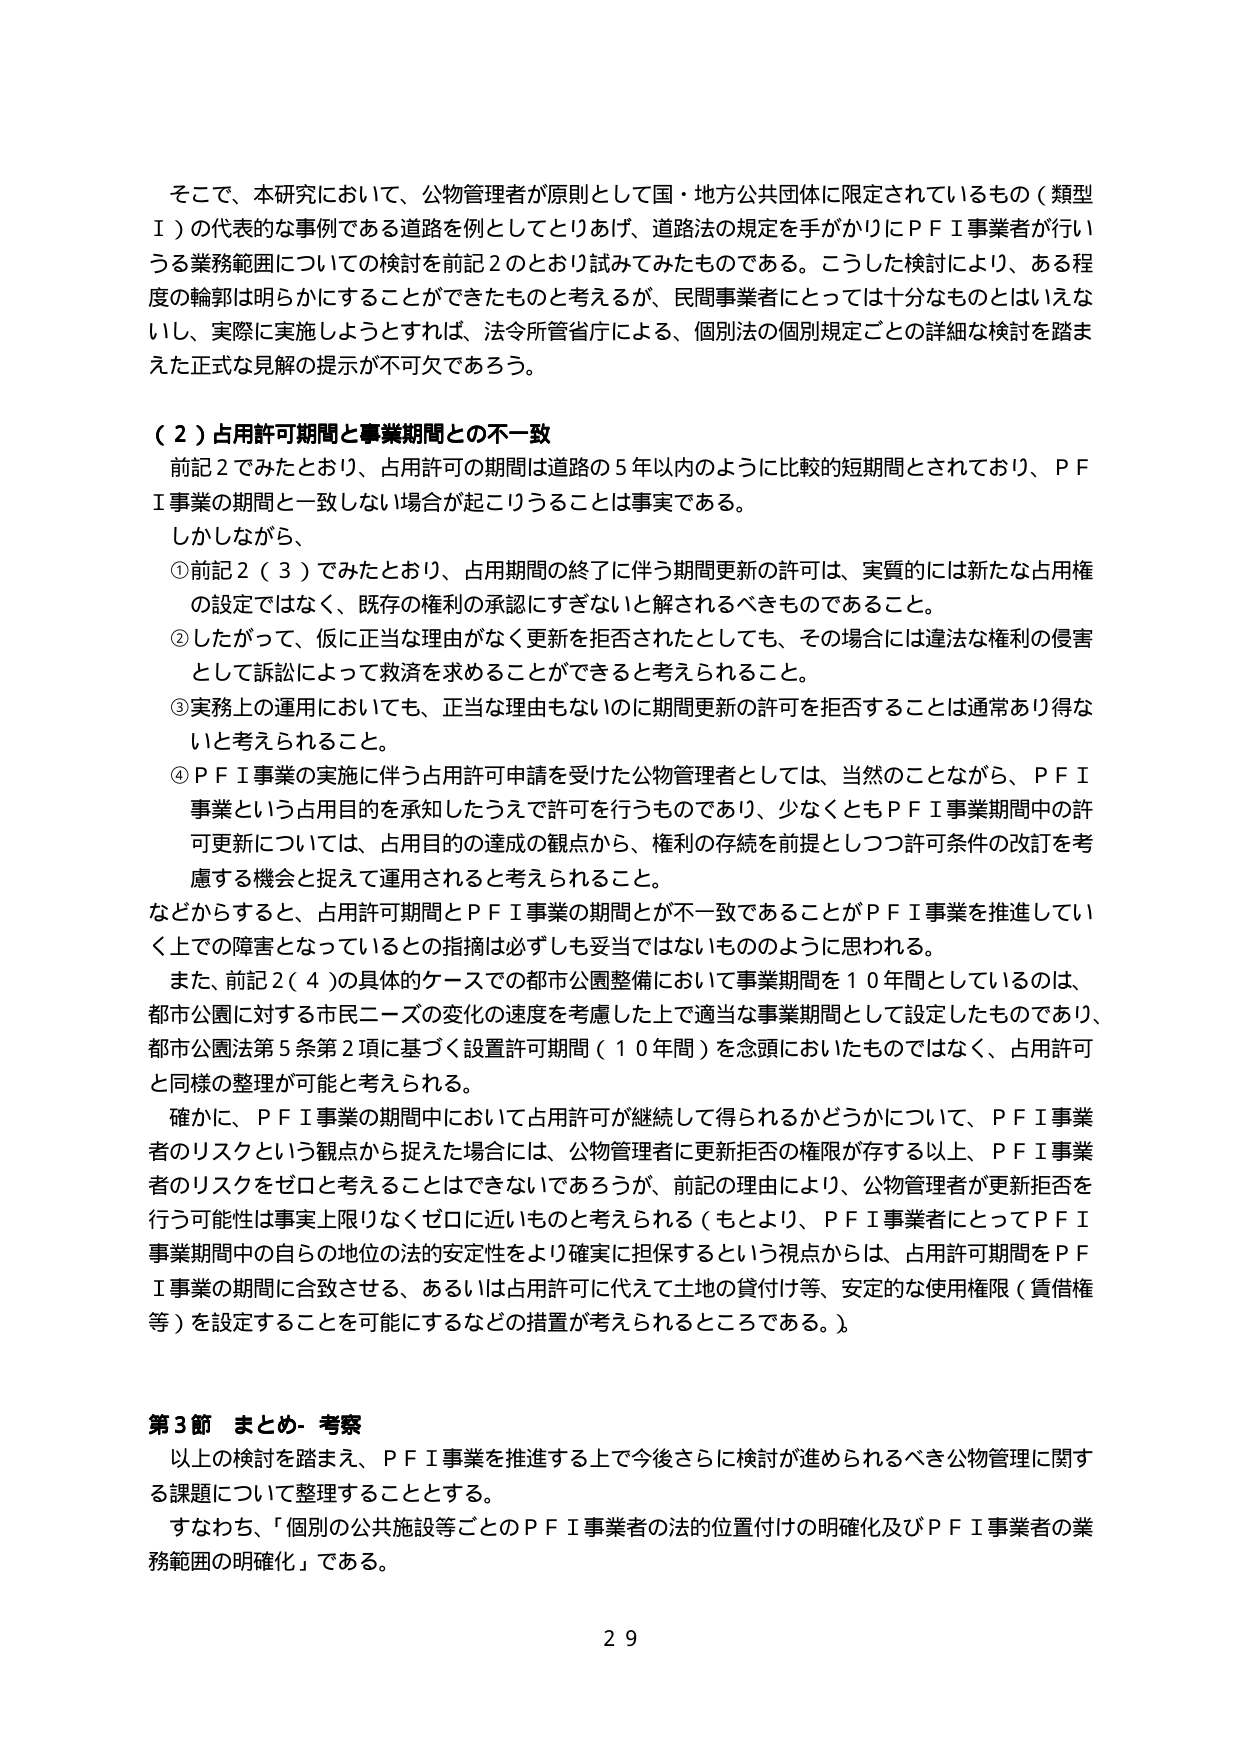
そこで、本研究において、公物管理者が原則として国・地方公共団体に限定されているもの（類型Ⅰ）の代表的な事例である道路を例としてとりあげ、道路法の規定を手がかりにＰＦＩ事業者が行う業務範囲についての検討を前記２のとおり試みてみたものである。こうした検討により、ある程度の輪郭は明らかにすることができたものと考えるが、民間事業者にとっては十分なものとはいえないし、実際に実施しようとするれば、法令所管省庁による、個別法の個別規定ごとの詳細な検討を踏まえた正式な見解の提示が不可欠であろう。

（２）占用許可期間と事業期間との不一致
前記２でみたとおり、占用許可の期間は道路の５年以内のように比較的短期間とされており、ＰＦＩ事業の期間と一致しない場合が起こりうることは事実である。
しかしながら、
①前記２（３）でみたとおり、占用期間の終了に伴う期間更新の許可は、実質的には新たな占用権の設定ではなく、既存の権利の承認にすぎないと解されるべきものであること。
②したがって、仮に正当な理由がなく更新を拒否されたとしても、その場合には違法な権利の侵害として訴訟によって救済を求めることができると考えられること。
③実務上の運用においても、正当な理由もないのに期間更新の許可を拒否することは通常あり得ないと考えられること。
④ＰＦＩ事業の実施に伴う占用許可申請を受けた公物管理者としては、当然のことながら、ＰＦＩ事業という占用目的を承知したうえで許可を行うものであり、少なくともＰＦＩ事業期間中の許可更新については、占用目的の達成の観点から、権利の存続を前提としつつ許可条件の改訂を考慮する機会と捉えて運用されると考えられること。
などからすると、占用許可期間とＰＦＩ事業の期間とが不一致であることがＰＦＩ事業を推進していく上での障害となっているとの指摘は必ずしも妥当ではないもののように思われる。
また、前記２（４）の具体的ケースでの都市公園整備において事業期間を１０年間としているのは、都市公園に対する市民ニーズの変化の速度を考慮した上で適当な事業期間として設定したものであり、都市公園法第５条第２項に基づく設置許可期間（１０年間）を念頭においたものではなく、占用許可と同様の整理が可能と考えられる。
確かに、ＰＦＩ事業の期間中において占用許可が継続して得られるかどうかについて、ＰＦＩ事業者のリスクという観点から捉えた場合には、公物管理者に更新拒否の権限が存する以上、ＰＦＩ事業者のリスクをゼロと考えることはできないであろうが、前記の理由により、公物管理者が更新拒否を行う可能性は事実上限りなくゼロに近いものと考えられる（もとより、ＰＦＩ事業者にとってＰＦＩ事業期間中の自らの地位の法的安定性をより確実に担保するという視点からは、占用許可期間をＰＦＩ事業の期間に合致させる、あるいは占用許可に代えて土地の貸付け等、安定的な使用権限（貸借権等）を設定することを可能にするなどの措置が考えられるところである。）。

第３節 まとめ・考察
以上の検討を踏まえ、ＰＦＩ事業を推進する上で今後さらに検討が進められるべき公物管理に関する課題について整理することとする。
すなわち、「個別の公共施設等ごとのＰＦＩ事業者の法的位置付けの明確化及びＰＦＩ事業者の業務範囲の明確化」である。

２９